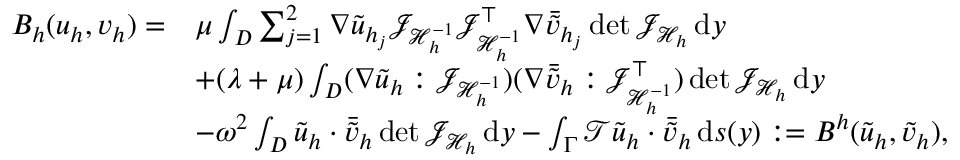
\begin{array} { r l } { B _ { h } ( u _ { h } , v _ { h } ) = } & { \mu \int _ { D } \sum _ { j = 1 } ^ { 2 } \nabla \tilde { u } _ { h _ { j } } \mathcal { J } _ { \mathcal { H } _ { h } ^ { - 1 } } \mathcal { J } _ { \mathcal { H } _ { h } ^ { - 1 } } ^ { \top } \nabla \bar { \tilde { v } } _ { h _ { j } } \operatorname* { d e t } { \mathcal { J } _ { \mathcal { H } _ { h } } } \, \mathrm { d } y } \\ & { + ( \lambda + \mu ) \int _ { D } ( \nabla \tilde { u } _ { h } : \mathcal { J } _ { \mathcal { H } _ { h } ^ { - 1 } } ) ( \nabla \bar { \tilde { v } } _ { h } : \mathcal { J } _ { \mathcal { H } _ { h } ^ { - 1 } } ^ { \top } ) \operatorname* { d e t } { \mathcal { J } _ { \mathcal { H } _ { h } } } \, \mathrm { d } y } \\ & { - \omega ^ { 2 } \int _ { D } \tilde { u } _ { h } \cdot \bar { \tilde { v } } _ { h } \operatorname* { d e t } { \mathcal { J } _ { \mathcal { H } _ { h } } } \, \mathrm { d } y - \int _ { \Gamma } \mathcal { T } \tilde { u } _ { h } \cdot \bar { \tilde { v } } _ { h } \, \mathrm { d } s ( y ) : = B ^ { h } ( \Tilde { u } _ { h } , \Tilde { v } _ { h } ) , } \end{array}